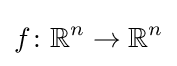
f\colon \mathbb {R} ^{n}\to \mathbb {R} ^{n}